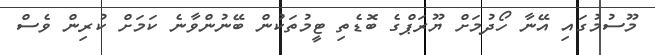
މޫސުމުގައި އޭނާ ހޯދުމަށް ޔޫރަޕްގެ ބޮޑެތި ޓީމުތަކުން ބޭނުންވާނެ ކަމަށް ކުރިން ވެސް